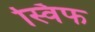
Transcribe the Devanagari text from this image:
स्विफ